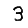
Digit: 3